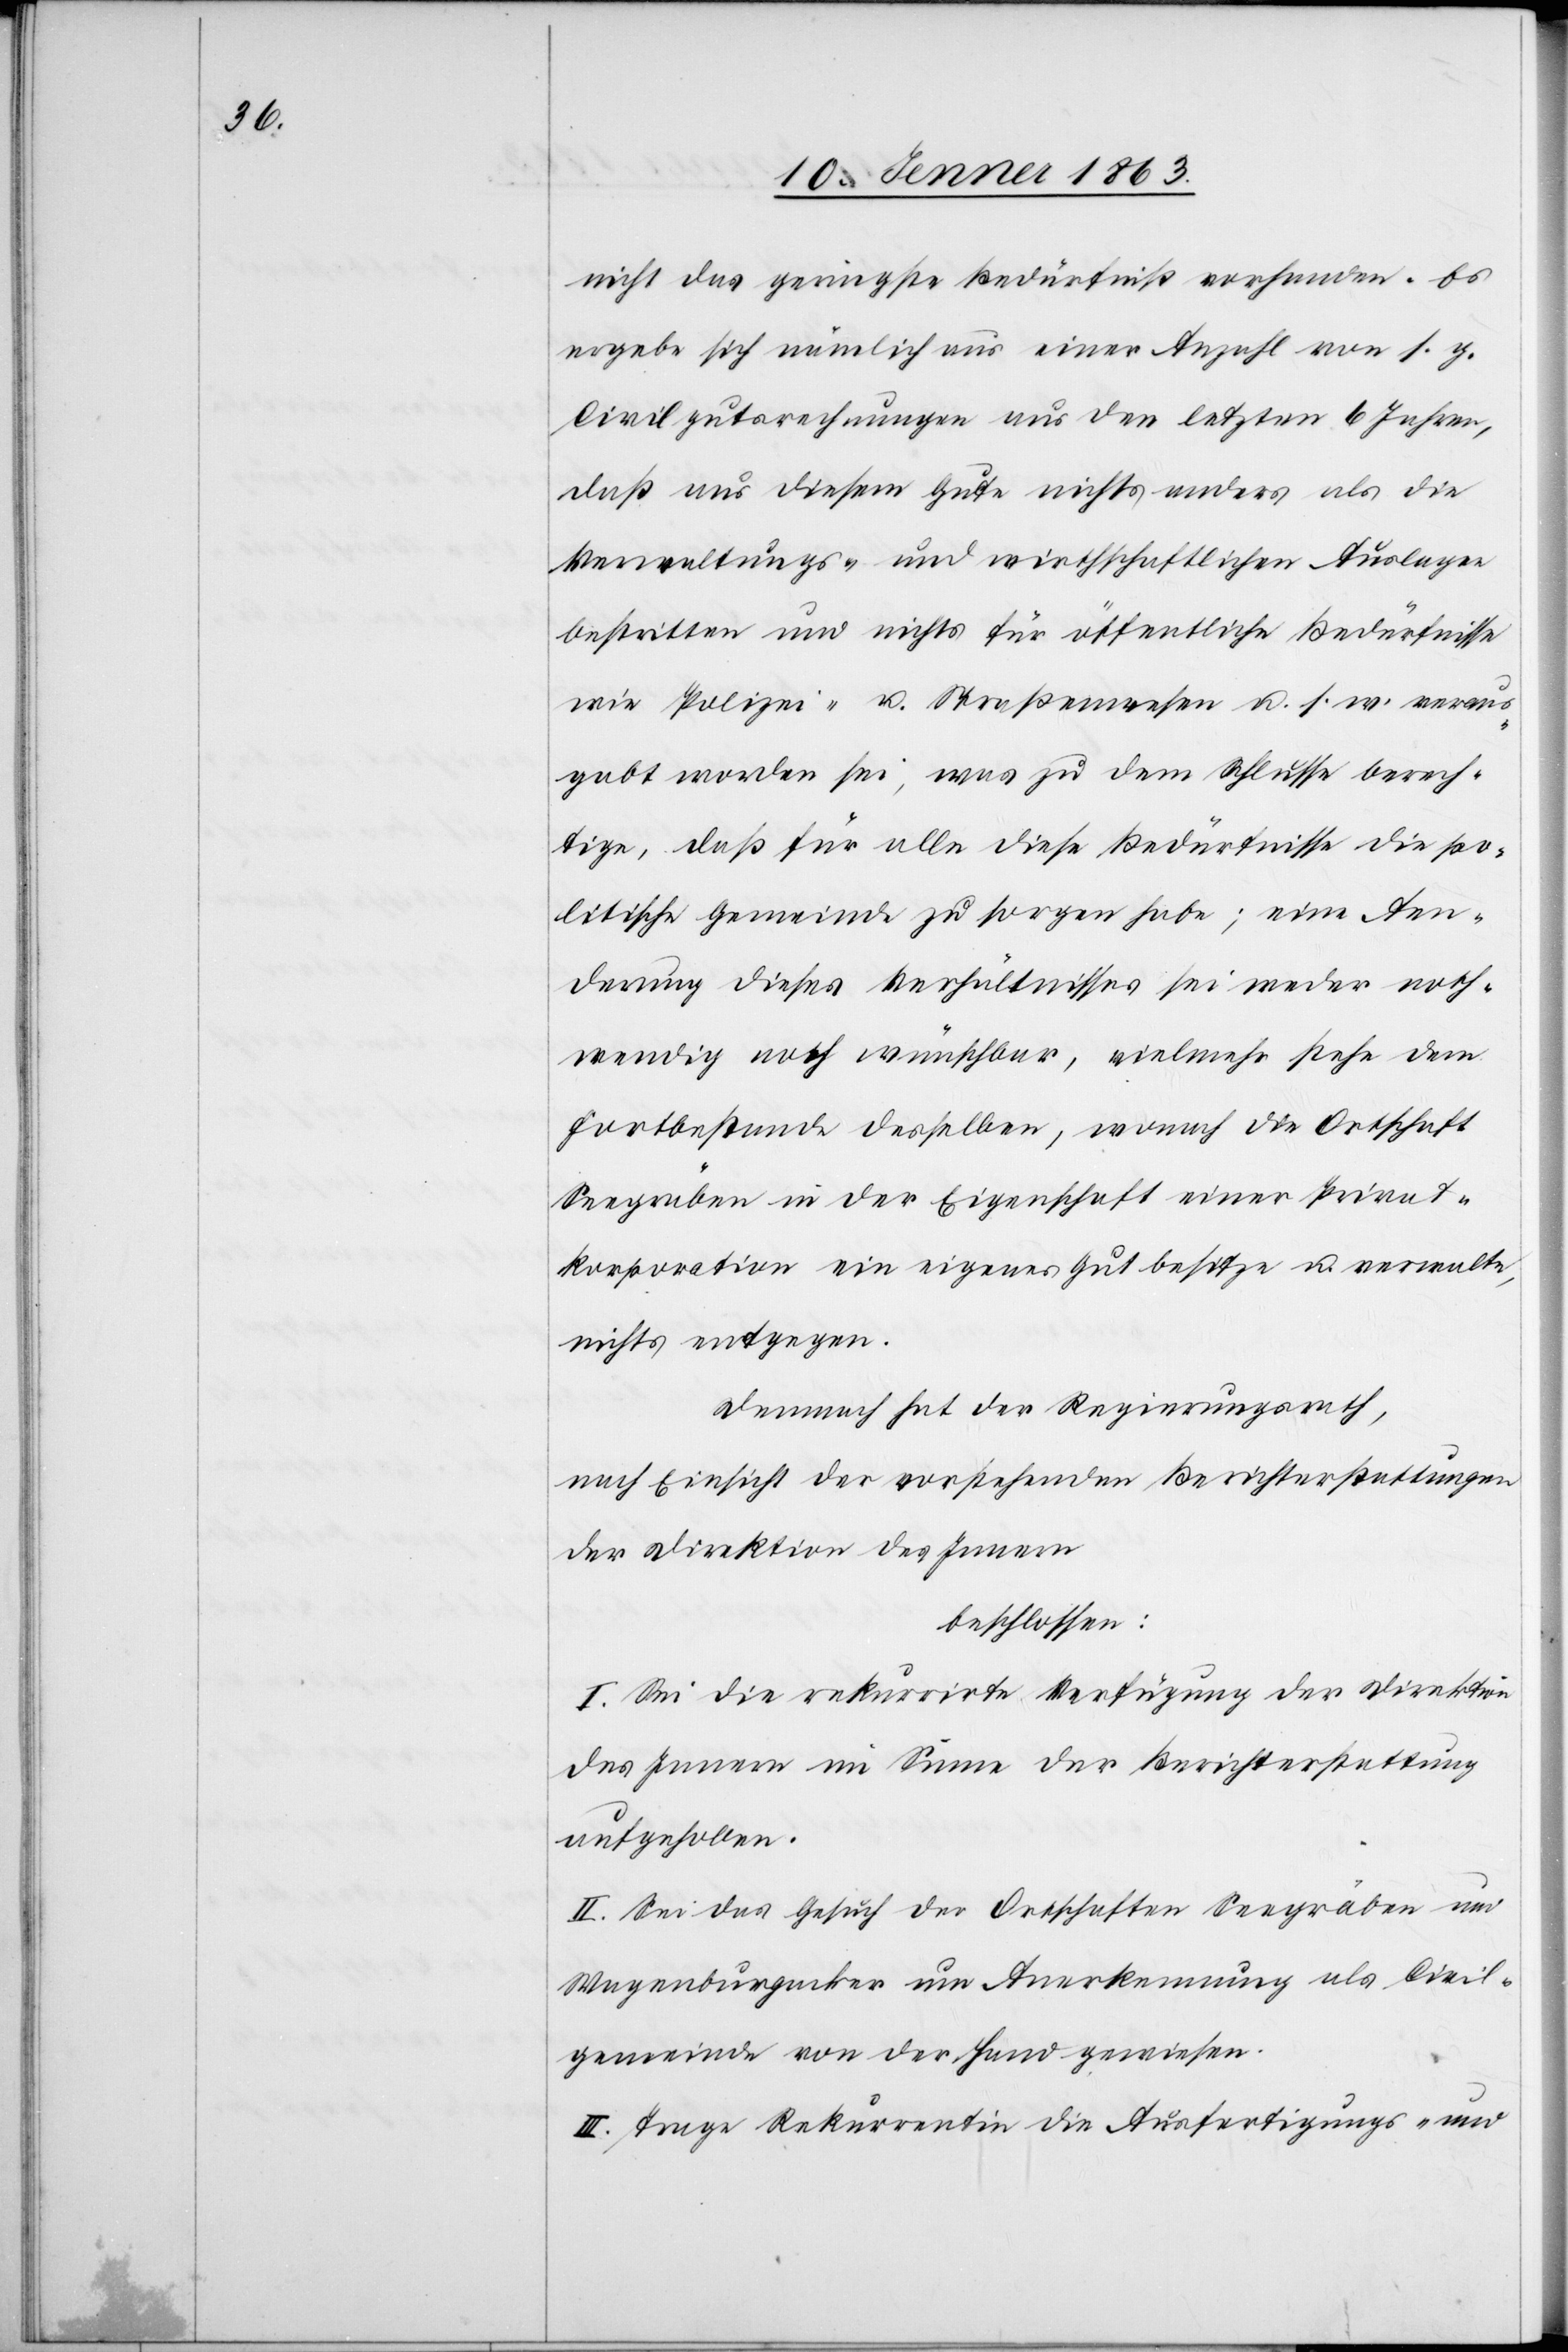
nicht das geringste Bedürfniß vorhanden. Es
ergebe sich nämlich aus einer Anzahl von s. g.
Civilgutsrechnungen aus den letzten 6 Jahren,
daß aus diesem Gute nichts anders als die
Verwaltungs- und wirthschaftlichen Auslagen
bestritten und nichts für öffentliche Bedürfnisse
wie Polizei- u. Straßenwesen u. s. w. veraus¬
gabt worden sei, was zu dem Schlusse berech¬
tige, daß für alle diese Bedürfnisse die po¬
litische Gemeinde zu sorgen habe; eine Aen¬
derung dieses Verhältnisses sei weder noth¬
wendig noch wünschbar, vielmehr stehe dem
Fortbestande desselben, wonach die Ortschaft
Seegräben in der Eigenschaft einer Privat¬
korporation ein eigenes Gut besitze u. verwalte,
nichts entgegen.
Demnach hat der Regierungsrath,
nach Einsicht der vorstehenden Berichterstattungen
der Direktion des Innern
beschlossen:
I. Sei die rekurrirte Verfügung der Direktion
des Innern im Sinne der Berichterstattung
aufgehoben.
II. Sei das Gesuch der Ortschaften Seegräben und
Wagenburgacker um Anerkennung als Civil¬
gemeinde von der Hand gewiesen.
III. Trage Rekurrentin die Ausfertigungs- und